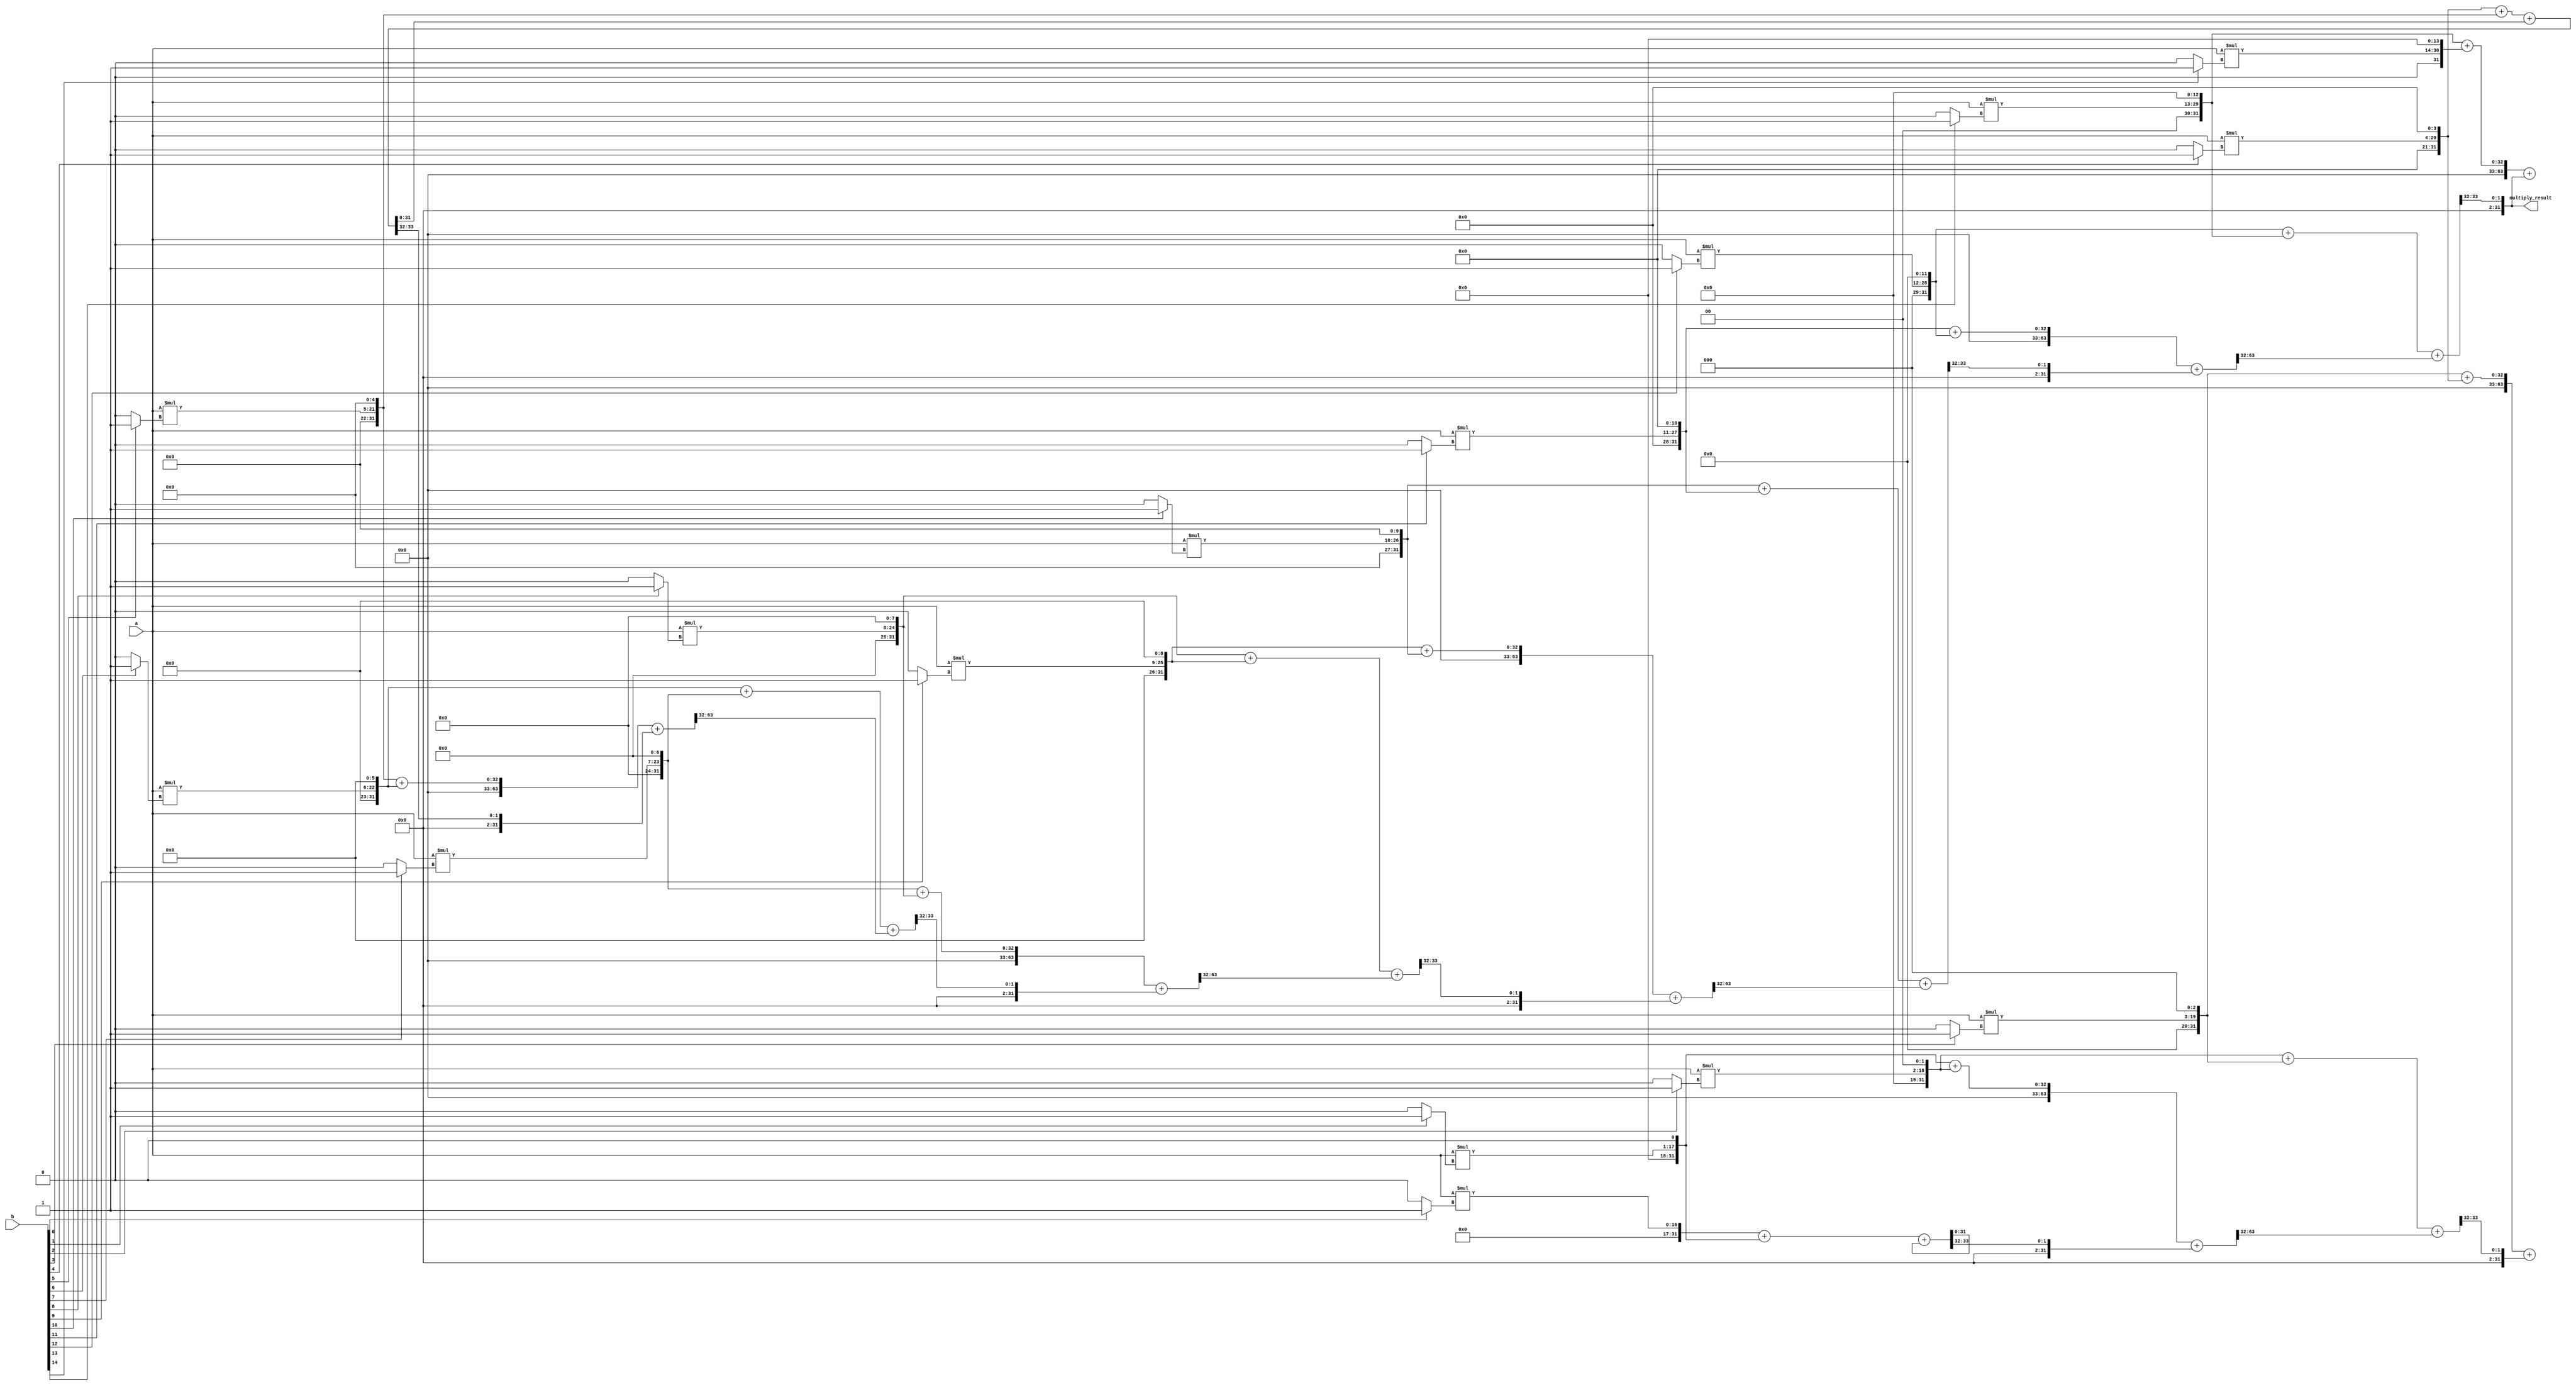
module Dadda_Multiplier (
    input wire [15:0] a,
    input wire [15:0] b,
    output reg [31:0] multiply_result
);

reg [31:0] partial_product[15:0];
reg [31:0] carry_save_sum[15:0];

// Generate partial products
genvar i, j;
generate
    for (i = 0; i < 16; i = i + 1) begin
        assign partial_product[i] = a * (b[i] ? 1 : 0) << i;
    end

    // Perform carry-save addition
    for (i = 0; i < 14; i = i + 1) begin
        assign {carry_save_sum[i + 1], carry_save_sum[i]} = partial_product[i] + partial_product[i + 1] + carry_save_sum[i];
    end
endgenerate

// Final sum accumulation block
always @* begin
    multiply_result = {carry_save_sum[14], carry_save_sum[13]};
end

endmodule